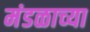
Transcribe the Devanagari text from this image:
मंडळाच्‍या